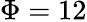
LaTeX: \Phi=12